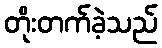
တိုးတက်ခဲ့သည်